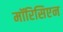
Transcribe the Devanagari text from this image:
मॉरिसिएन